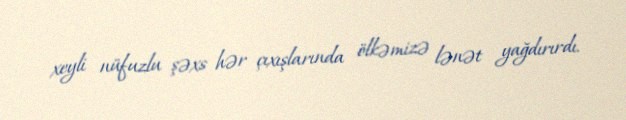
xeyli nüfuzlu şəxs hər çıxışlarında ölkəmizə lənət yağdırırdı.